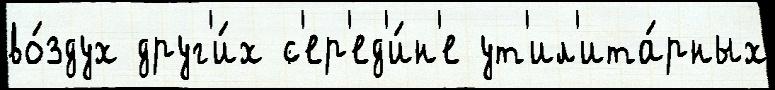
во́здух друг'и́х с'ер'ед'и́н'е ут'ил'ита́рных